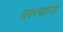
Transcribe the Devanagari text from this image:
वस्त्यांना